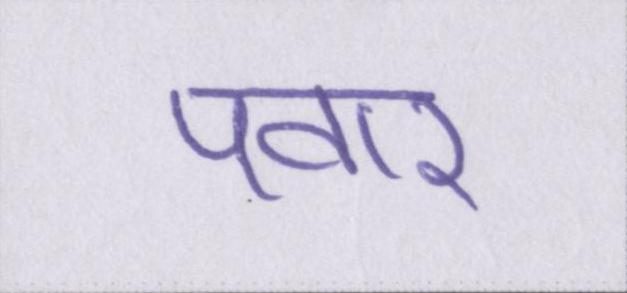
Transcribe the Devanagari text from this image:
पवार